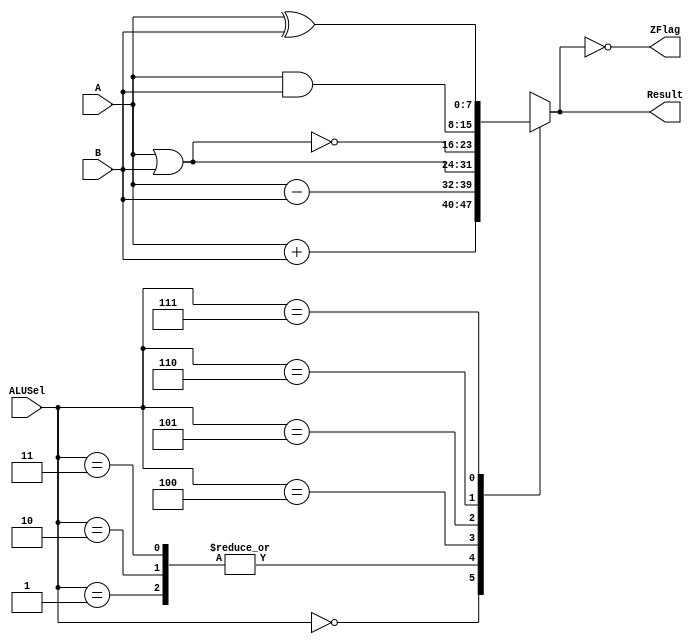
`timescale 1ns / 1ps
//////////////////////////////////////////////////////////////////////////////////
// Company: 
// Engineer: 
// 
// Design Name: 
// Module Name: ALU
// Project Name: 
// Target Devices: 
// Tool Versions: 
// Description: 
// 
// Dependencies: 
// 
// Revision:
// Revision 0.01 - File Created
// Additional Comments:
// 
//////////////////////////////////////////////////////////////////////////////////


module ALU (A, B, Result, ALUSel, ZFlag);
input [7:0] A, B;
input [2:0] ALUSel;
output reg [7:0] Result;
output ZFlag;
assign ZFlag = (Result==8'b0);
always @ (*) begin
case (ALUSel)
3'b000: Result = A + B; // addition
3'b001: Result = A - B; // subtraction
3'b010: Result = A - B; // subtraction
3'b011: Result = A - B; // subtraction
3'b100: Result = A | B; // bitwise OR
3'b101: Result = ~(A | B); // bitwise NOR
3'b110: Result = A & B; // bitwise AND
3'b111: Result = A ^ B; // bitwise XOR
endcase
end
endmodule